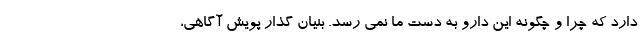
دارد که چرا و چگونه این دارو به دست ما نمی رسد. بنیان گذار پویش آگاهی،